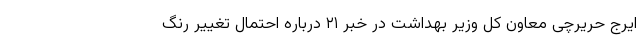
ایرج حریرچی معاون کل وزیر بهداشت در خبر ۲۱ درباره احتمال تغییر رنگ